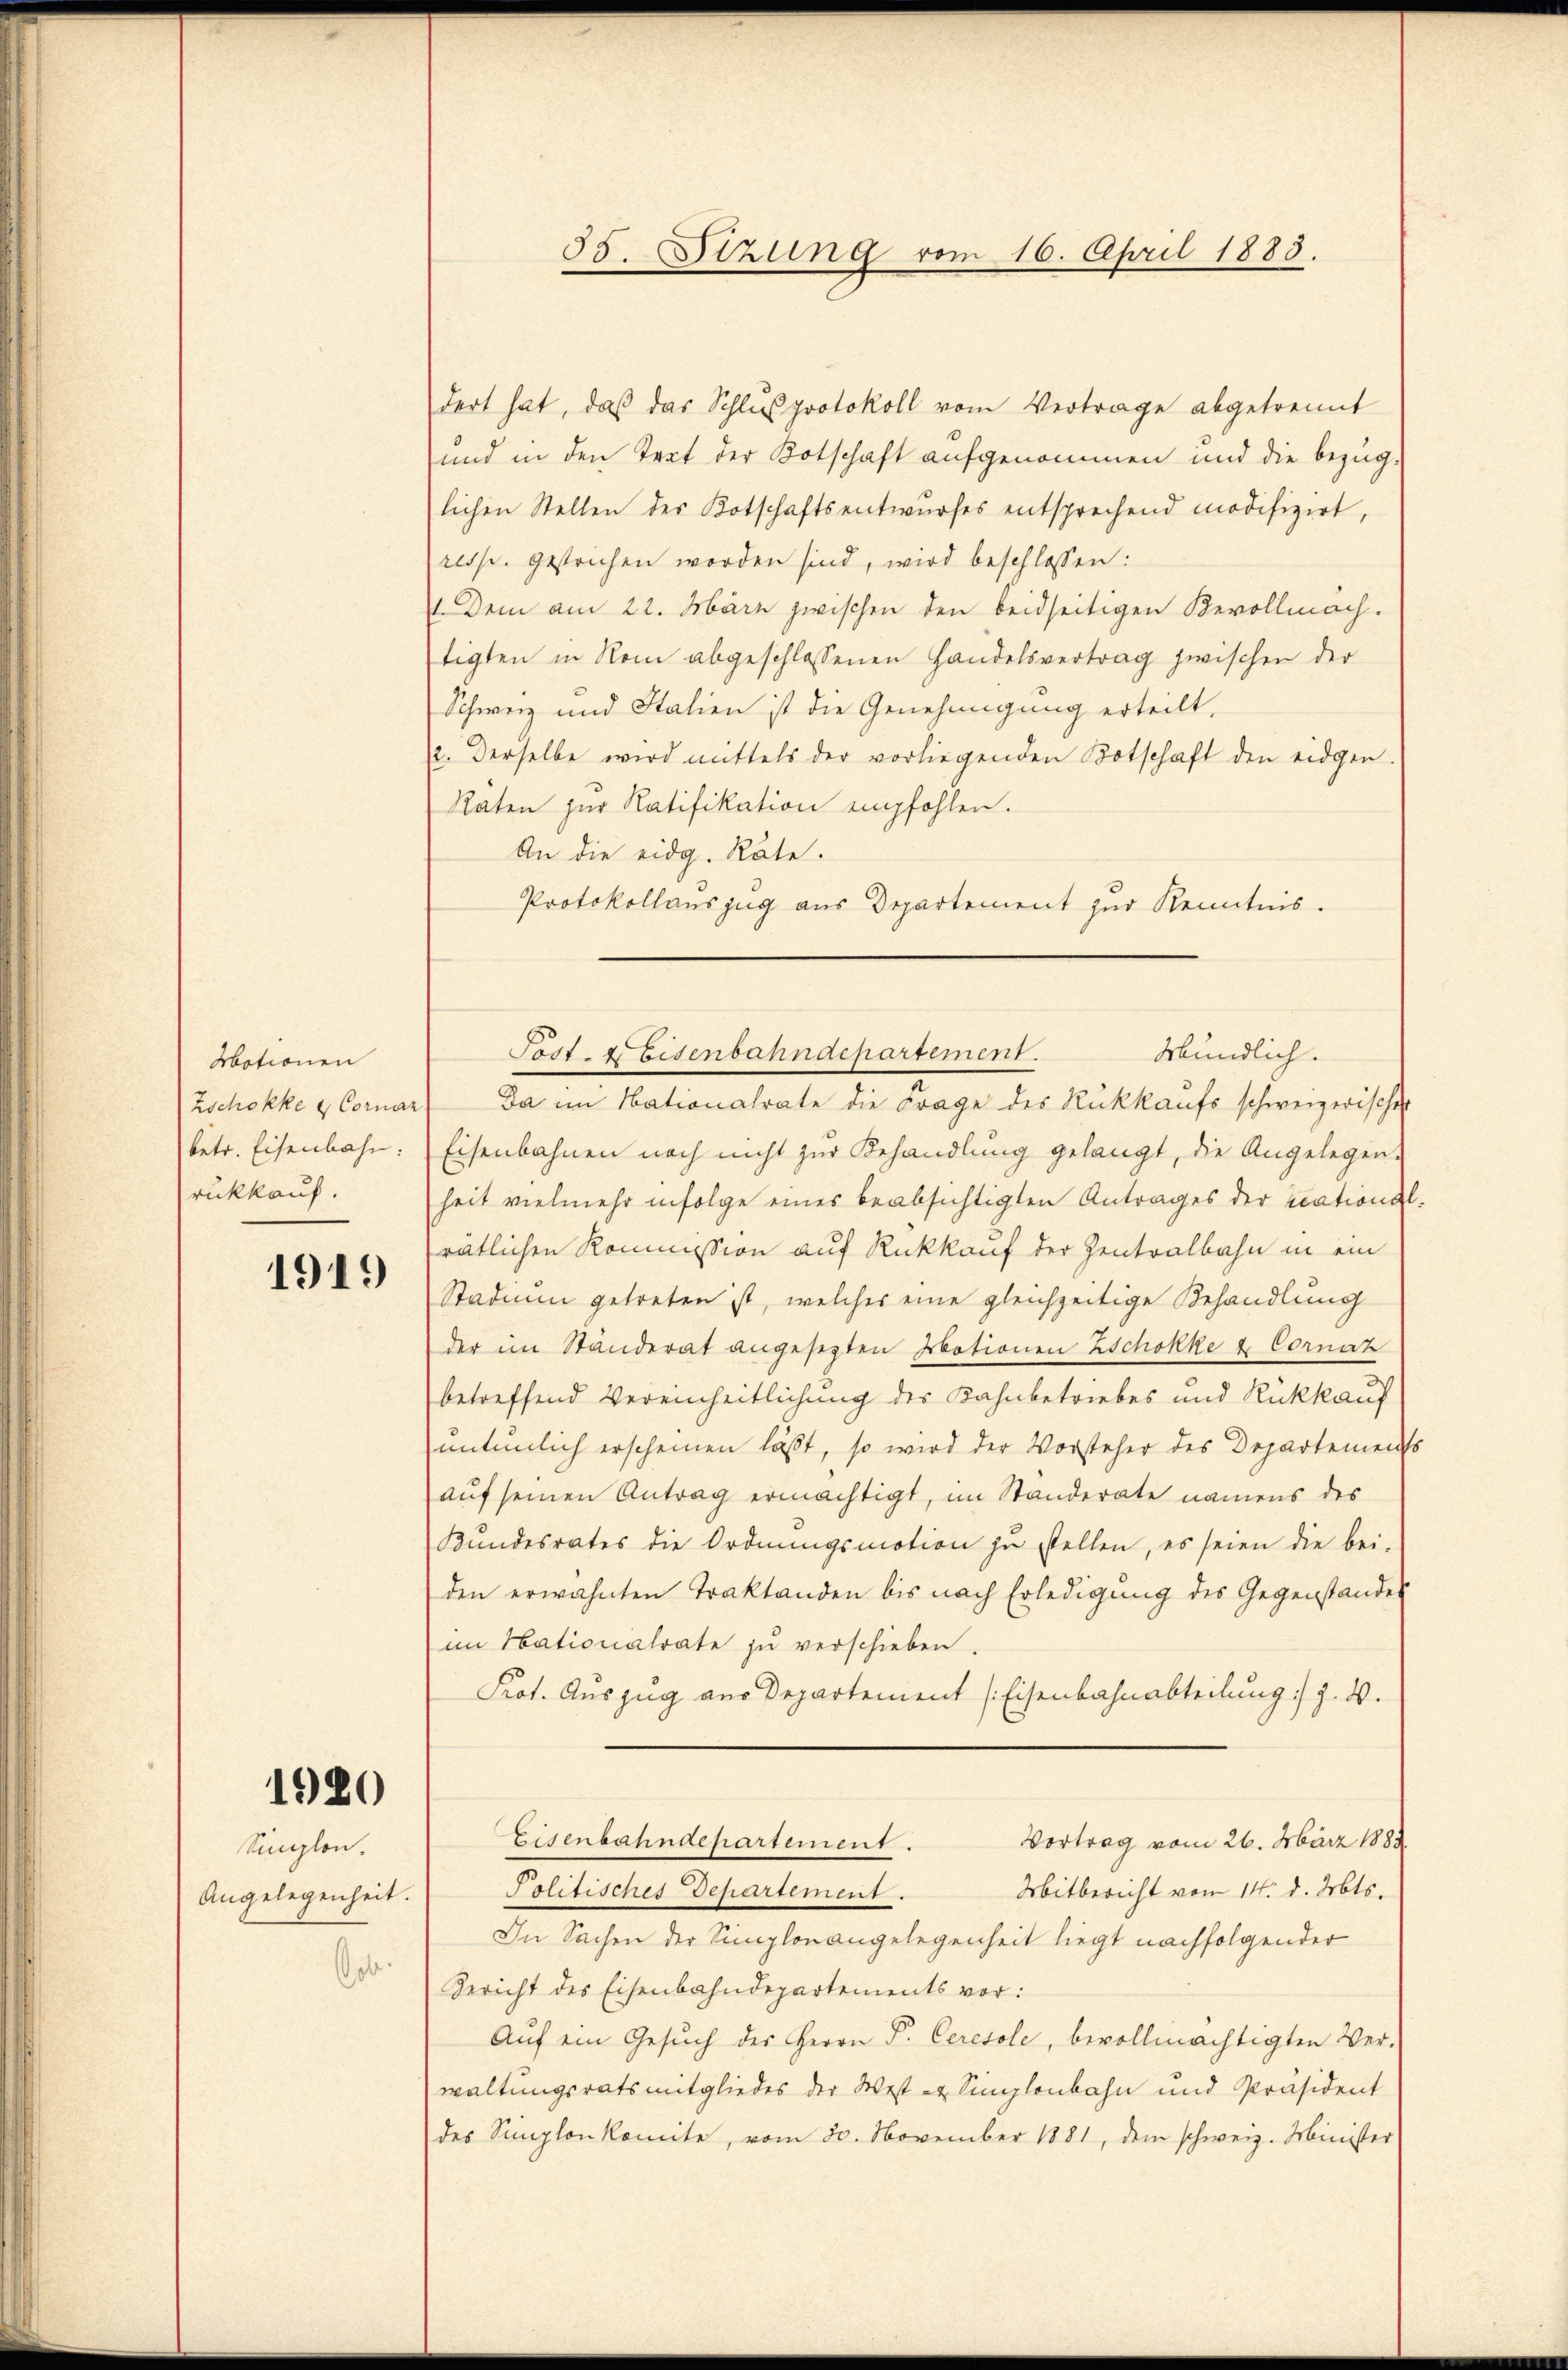
Motionen
Zschokke & Cornar
betr. Eisenbahn:
rükkauf.

1919

1980

Simplon.
Angelegenheit.
Got.

dert hat, daß das Schlus protokoll vom Vertrage abgetrennt
und in den Text der Botschaft aufgenommen und die bezüg-
lichen Stellen des Kotschaftsentwurfes entsprechend modifizirt,
resp. gestrichen worden sind, wird beschlossen:
 Dem am 22. März zwischen den beidseitigen Bevollmach
tigten in Rom abgeschlossenen Handelsvertrag zwischen der
Schweiz und Stalien ist die Genehmigung erteilt,
2. Derselbe wird mittels der vorliegenden Botschaft den eidgen.
Räten zŭr Ratifikation empfohlen.
An die eidg. Räte.
Protokollauszug aus Departement zur Kenntnis.
Da im Nationalrate die Frage des Rückkaufs schweizerischer
Eisenbahnen noch nicht zur Behandlung gelangt, die Angelegen-
heit vielmehr infolge eines beabsichtigten Antrages der national
rätlichen Kommission auf Rückkauf der Zentralbahn in ein
Stadiun getreten ist, welcher eine gleichzeitige Behandlung
der im Standerat angesetzten Iotionen Zschokke & Cornaz
betreffend Vereinheitlichung des Kahnbetriebes und Rückkauf
nntümlich erscheinen lässt, so wird der Vorsteher des Departements
auf seinen Antrag ermächtigt, im Standerate namens des
Bŭndesrates die Ordnŭngsmotion zŭ stellen, es seien die bei-
den erwähnten Traktanden bis nach Erledigung des Gegenstandes
im Nationalrate zu verschieben.
Prot. Auszug aus Departement (Eisenbahnabteilung :/ z. B.
Eisenbahndepartement.
Vortrag vom 26. März 1882
Mitbericht vom 14. d. Mts.
Politisches Departement.
In Sachen der Simplonangelegenheit liegt nachfolgender
Bericht des Eisenbahndepartements vor:
Aŭf ein Gesŭch der Herrn P. Ceresole, bevollmächtigten Ver-
waltungsratsmitgliedes der West- & Simplonbahn und Präsident
des Simplon komite, vom 30. November 1881, dem schweiz. Minister

55. Sitzung vom 16. April 1883.

Mündlich.
Jost-EEisenbahndepartement.